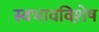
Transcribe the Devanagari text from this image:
स्वभावविशे़ष